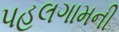
પહલગામની